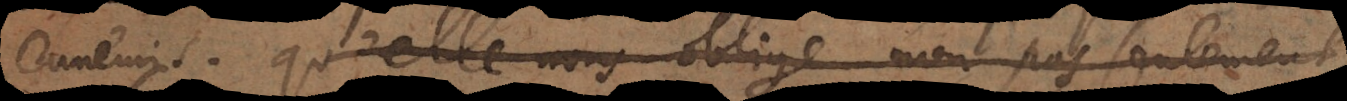
is,; qu’elle nous oblige non pas seulement